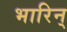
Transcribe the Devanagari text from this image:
भारिन्‌